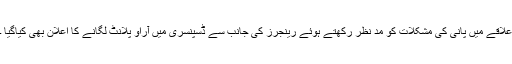
علاقے میں پانی کی مشکلات کو مدِ نظر رکھتے ہوئے رینجرز کی جانب سے ڈسپنسری میں آراو پلانٹ لگانے کا اعلان بھی کیاگیا ۔